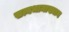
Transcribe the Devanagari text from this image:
सत्यभामाख्यान